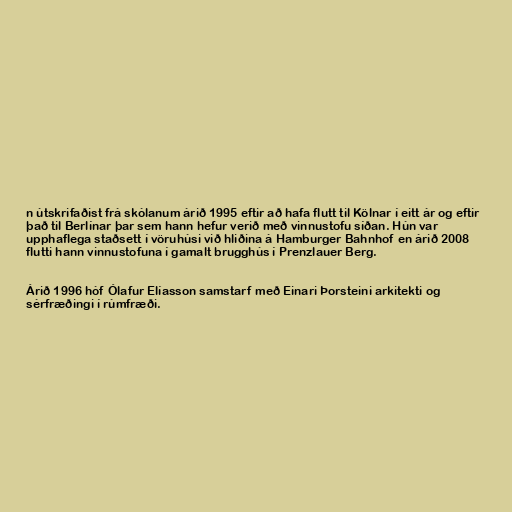
n útskrifaðist frá skólanum árið 1995 eftir að hafa flutt til Kölnar í eitt ár og eftir
það til Berlínar þar sem hann hefur verið með vinnustofu síðan. Hún var
upphaflega staðsett í vöruhúsi við hliðina á Hamburger Bahnhof en árið 2008
flutti hann vinnustofuna í gamalt brugghús í Prenzlauer Berg.

Árið 1996 hóf Ólafur Elíasson samstarf með Einari Þorsteini arkitekti og
sérfræðingi í rúmfræði.